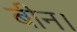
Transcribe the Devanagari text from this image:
बीन।